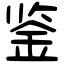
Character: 鉴